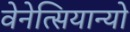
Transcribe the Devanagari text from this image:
वेनेत्सियान्यो